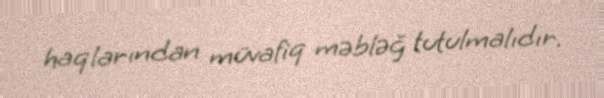
haqlarından müvafiq məbləğ tutulmalıdır.